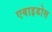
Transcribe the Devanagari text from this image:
एबाइडोस